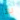
بها